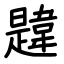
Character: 韙